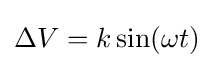
\Delta V=k\sin(\omega t)